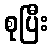
စုပြီး